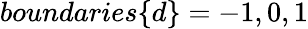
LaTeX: boundaries\{ d\} =-1,0,1